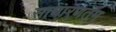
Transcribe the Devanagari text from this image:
साधारणतम